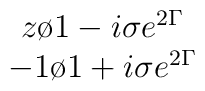
\begin{array}{c} {z\o{1 - i\sigma e^{2 \Gamma}}}\\{-1 \o{1 + i\sigma e^{2 \Gamma}}}\end{array}